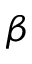
\beta